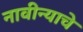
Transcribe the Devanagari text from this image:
नावीन्याचे